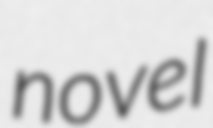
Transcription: novel